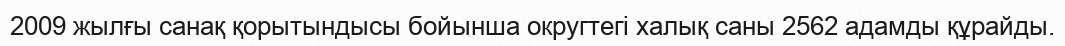
2009 жылғы санақ қорытындысы бойынша округтегі халық саны 2562 адамды құрайды.